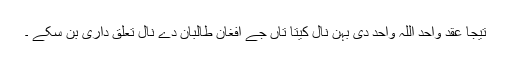
تیجا عقد واحد اللہ واحد دی بہن نال کیتا تاں جے افغان طالبان دے نال تعلق داری بن سکے ۔